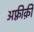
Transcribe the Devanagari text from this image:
अफ़्रीक़ी